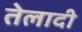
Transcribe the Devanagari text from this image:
तेलादी